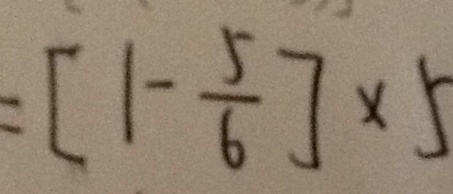
= [ 1 - \frac { 5 } { 6 } ] \times 5